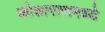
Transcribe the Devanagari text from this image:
कोशागारामध्ये